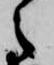
之